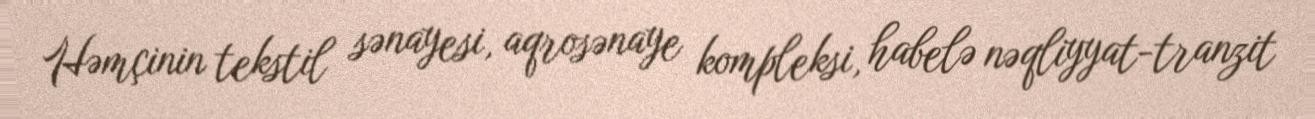
Həmçinin tekstil sənayesi, aqrosənaye kompleksi, habelə nəqliyyat-tranzit